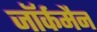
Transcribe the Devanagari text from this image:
जॉर्कमैन